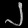
Digit: ၂